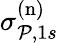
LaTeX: \sigma_{\mathcal{P},1s}^{(\mathrm{n})}